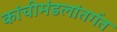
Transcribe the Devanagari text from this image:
कांचीमंडलांतर्गत